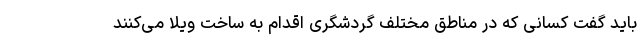
باید گفت کسانی که در مناطق مختلف گردشگری اقدام به ساخت ویلا می­‌کنند